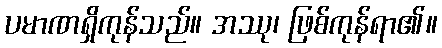
ပမာဏရှိကုန်သည်။ အဿု၊ ဖြစ်ကုန်ရာ၏။